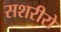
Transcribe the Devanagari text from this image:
सशरीरो